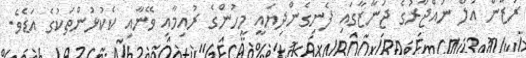
ރަޒާން އަލް ނައްޖާރުގެ ޖަނާޒާގައި ފެނިގެންދިޔައީ މީހުންގެ ރުއިމާއި ވޭނާއި ކެކުޅުންތަކުގެ އަޑެވެ.